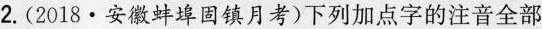
2.(2018·安徽蚌埠固镇月考)下列加点字的注音全部